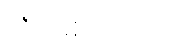
ကိုကိုမျိုးသော်က